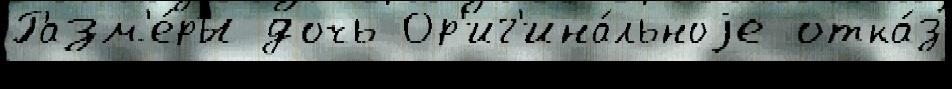
Разм'е́ры дочь Ор'иг'ина́льноjе отка́з